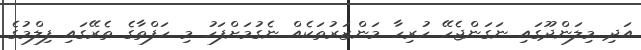
އަދި މިލަންދޫގައި ނަގަންޖެހޭ ހުރިހާ މަންޒަރުތަކެއް ނެގުމަށްފަހު މި ހަފްތާގެ ތެރޭގައި ފިލްމުގެ